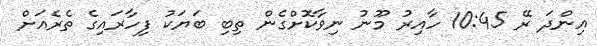
އިންދަ ރޭ 10:45 ހާއިރު މޫނު ނިވާކޮށްގެން ތިބި ބަޔަކު ފިހާރައިގެ ތެރެއަށް